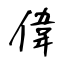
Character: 偉